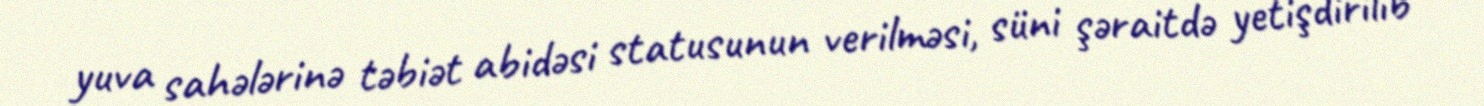
yuva sahələrinə təbiət abidəsi statusunun verilməsi, süni şəraitdə yetişdirilib